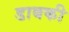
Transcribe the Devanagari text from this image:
डाबकी